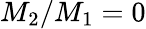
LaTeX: M_{2}/M_{1}=0